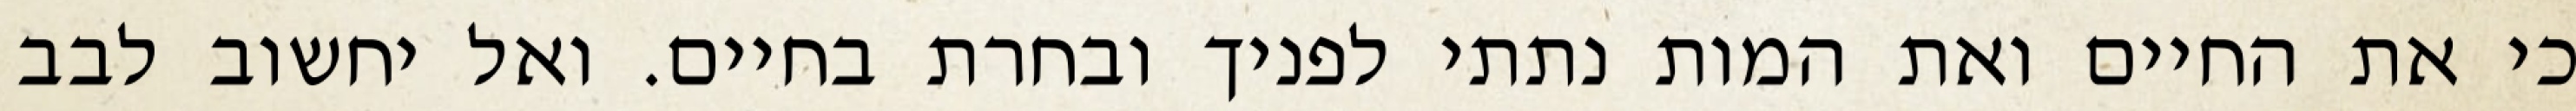
כי את החיים ואת המות נתתי לפניך ובחרת בחיים. ואל יחשוב לבב